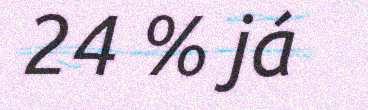
24 % já